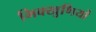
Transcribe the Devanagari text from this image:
भिक्खुणियों